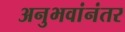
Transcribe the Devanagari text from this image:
अनुभवांनंतर